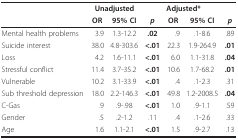
<table><thead><tr><td></td><td colspan="2"><b>Unadjusted</b></td><td></td><td colspan="2"><b>Adjusted*</b></td><td></td></tr><tr><td></td><td><b>OR</b></td><td><b>95% CI</b></td><td><b><i>p</i></b></td><td><b>OR</b></td><td><b>95% CI</b></td><td><b><i>p</i></b></td></tr></thead><tbody><tr><td>Mental health problems</td><td>3.9</td><td>1.3-12.2</td><td><b>.02</b></td><td>.9</td><td>.1-8.6</td><td>.89</td></tr><tr><td>Suicide interest</td><td>38.0</td><td>4.8-303.6</td><td><b>&lt;.01</b></td><td>22.3</td><td>1.9-264.9</td><td><b>.01</b></td></tr><tr><td>Loss</td><td>4.2</td><td>1.6-11.1</td><td><b>&lt;.01</b></td><td>6.0</td><td>1.1-31.8</td><td><b>.04</b></td></tr><tr><td>Stressful conflict</td><td>11.4</td><td>3.7-35.2</td><td><b>&lt;.01</b></td><td>10.6</td><td>1.7-68.2</td><td><b>.01</b></td></tr><tr><td>Vulnerable</td><td>10.2</td><td>3.1-33.9</td><td><b>&lt;.01</b></td><td>.4</td><td>.1-2.3</td><td>.31</td></tr><tr><td>Sub threshold depression</td><td>18.0</td><td>2.2-146.3</td><td><b>&lt;.01</b></td><td>49.8</td><td>1.2-2008.5</td><td><b>.04</b></td></tr><tr><td>C-Gas</td><td>.9</td><td>.9-.98</td><td><b>&lt;.01</b></td><td>1.0</td><td>.9-1.1</td><td>.59</td></tr><tr><td>Gender</td><td>.5</td><td>.2-1.2</td><td>.11</td><td>.4</td><td>.1-2.6</td><td>.33</td></tr><tr><td>Age</td><td>1.6</td><td>1.1-2.1</td><td><b>&lt;.01</b></td><td>1.5</td><td>.9-2.7</td><td>.13</td></tr></tbody></table>